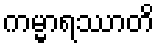
ကမ္မာရဿာတိ